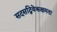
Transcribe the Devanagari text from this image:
सदसद्विवेकक्षमता